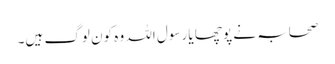
صحابہ نے پوچھا یا رسول اللہ وہ کون لوگ ہیں۔